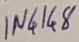
Text: IN4148